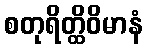
စတုရိတ္ထိဝိမာနံ